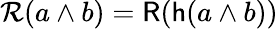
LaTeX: {\mathcal{R}}(a\wedge b)={\mathsf{R}}({\mathsf{h}}(a\wedge b))